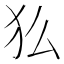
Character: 𬌫